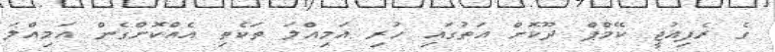
ގެ ރެފިއުޖީ ކޭމްޕް ދޫކޮށް އަތުގައި ހުރި އަމިއްލަ ތަކެތި އެއްކޮށްގެން އަމިއްލަ